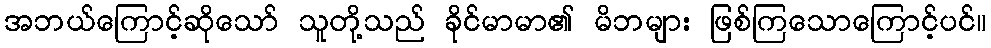
အဘယ်ကြောင့်ဆိုသော် သူတို့သည် ခိုင်မာမာ၏ မိဘများ ဖြစ်ကြသောကြောင့်ပင်။